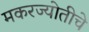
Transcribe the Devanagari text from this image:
मकरज्योतीचे